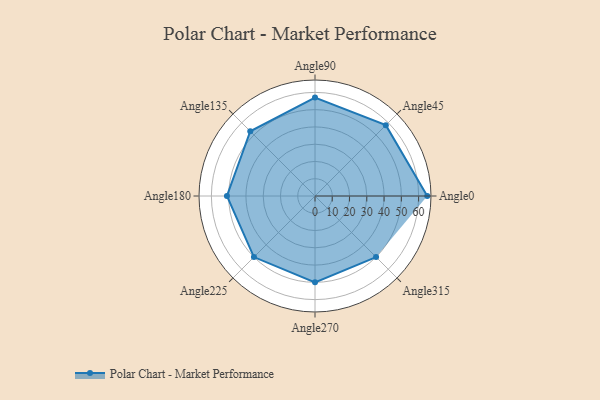
{"axis": {"x": "Angle", "y": "Radius"}, "legend": [""], "data": [{"x": "Angle0", "y": 65.0, "type": ""}, {"x": "Angle45", "y": 58.0, "type": ""}, {"x": "Angle90", "y": 57.0, "type": ""}, {"x": "Angle135", "y": 53.0, "type": ""}, {"x": "Angle180", "y": 51.0, "type": ""}, {"x": "Angle225", "y": 50, "type": ""}, {"x": "Angle270", "y": 50, "type": ""}, {"x": "Angle315", "y": 50, "type": ""}]}